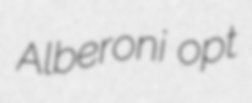
Alberoni opt